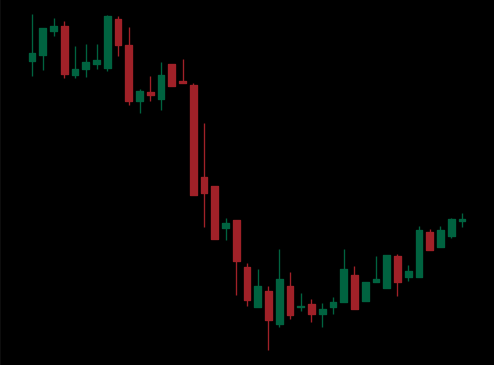
Pattern: bull_flag